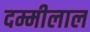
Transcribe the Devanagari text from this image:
दम्मीलाल